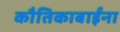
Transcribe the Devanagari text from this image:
कौतिकाबाईंना